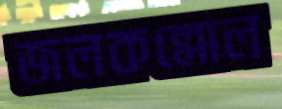
জলকল্লোল